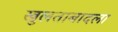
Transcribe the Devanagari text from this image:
खुलताबादला